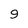
Character: 9